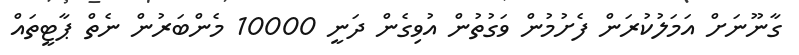
ގާނޫނަށް އަމަލުކުރަން ފެށުމުން ވަގުތުން އުވިގެން ދަނީ 10000 މެންބަރުން ނެތް ޕާޓީތައް